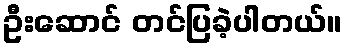
ဦးဆောင် တင်ပြခဲ့ပါတယ်။